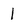
Character: 1